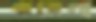
ঝরেনা